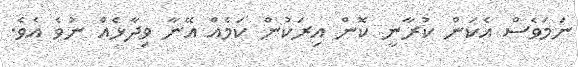
ނަމަވެސް އެކަން ކުރާނީ ކޮން އިރަކުން ކަމެއް އޭނާ ވިދާޅެއް ނުވެ އެވެ.